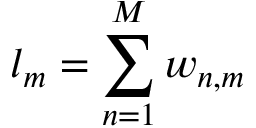
l _ { m } = \sum _ { n = 1 } ^ { M } w _ { n , m }